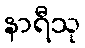
နာရီသု